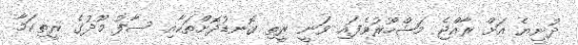
ދުނިޔެ އަށް ރާއްޖެ މަޝްހޫރުވެފައި ވަނީ ރީތި ގޮނޑުދޮށްތަކާއި ސާފު މޫދުގެ ރީތިކަމާ